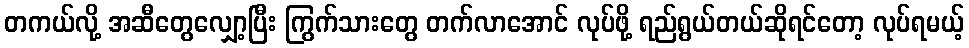
တကယ်လို့ အဆီတွေလျှော့ပြီး ကြွက်သားတွေ တက်လာအောင် လုပ်ဖို့ ရည်ရွယ်တယ်ဆိုရင်တော့ လုပ်ရမယ့်